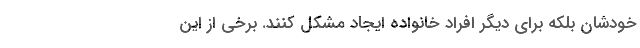
خودشان بلکه برای دیگر افراد خانواده ایجاد مشکل کنند. برخی از این